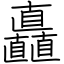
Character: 矗